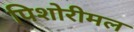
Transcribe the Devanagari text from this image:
पिशोरीमल